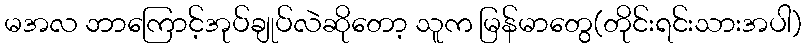
မအလ ဘာကြောင့်အုပ်ချုပ်လဲဆိုတော့ သူက မြန်မာတွေ(တိုင်းရင်းသားအပါ)